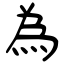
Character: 為